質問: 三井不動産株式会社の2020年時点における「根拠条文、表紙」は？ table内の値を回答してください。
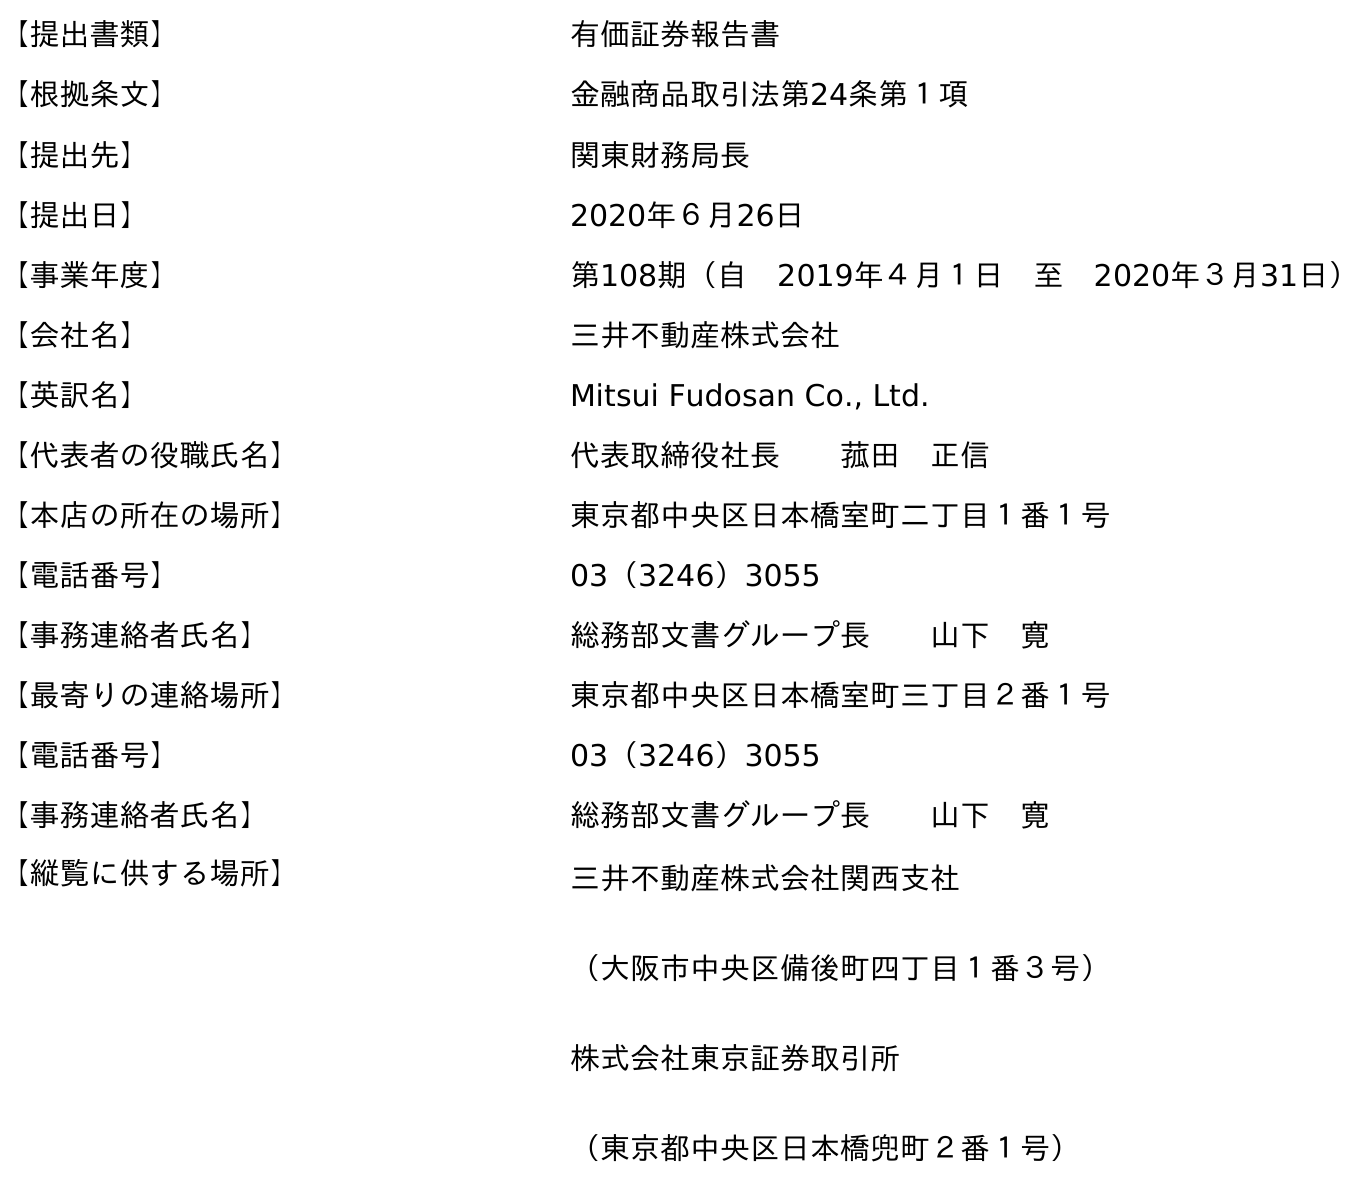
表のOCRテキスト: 【提出書類】 有価証券報告書 【根拠条文】 金融商品取引法第24条第１項 【提出先】 関東財務局長 【提出日】 2020年６月26日 【事業年度】 第108期（自 2019年４月１日 至 2020年３月31日） 【会社名】 三井不動産株式会社 【英訳名】 Mitsui Fudosan Co., Ltd. 【代表者の役職氏名】 代表取締役社長  菰田 正信 【本店の所在の場所】 東京都中央区日本橋室町二丁目１番１号 【電話番号】 03（3246）3055 【事務連絡者氏名】 総務部文書グループ長  山下 寛 【最寄りの連絡場所】 東京都中央区日本橋室町三丁目２番１号 【電話番号】 03（3246）3055 【事務連絡者氏名】 総務部文書グループ長  山下 寛 【縦覧に供する場所】 三井不動産株式会社関西支社 （大阪市中央区備後町四丁目１番３号） 株式会社東京証券取引所 （東京都中央区日本橋兜町２番１号）
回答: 金融商品取引法第24条第１項